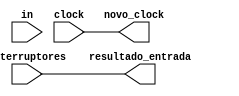
module Entrada(
	input clock,
	output novo_clock,
	input in,
	input [15:0] interruptores,
	output [15:0] resultado_entrada

);

	reg[27:0] out;
	reg [15:0] resultado;
	reg RegClock;
	
	integer contador = 0;

	
	always@(posedge clock) begin
		if (contador == 0) begin
			RegClock = 0;
			contador = 1;
		end
		

		if (in == 1) begin
			if(out == 28'd250000000) begin
				out = 28'd0;
				RegClock = ~RegClock;
			end
			else
				out = out + 1;
		end
		else begin
			if(out == 28'd25000000) begin
				out = 28'd0;
				RegClock = ~RegClock;
			end
			else
				out = out + 1;	
		end
	end

	always @(*) begin
		resultado =  interruptores[15:0];
	end
	
//	assign novo_clock = RegClock;
	assign novo_clock = clock;
	assign resultado_entrada = resultado;
	
endmodule